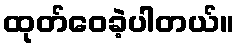
ထုတ်ဝေခဲ့ပါတယ်။